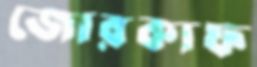
জোরকাফ